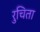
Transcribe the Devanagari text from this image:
रुचिता